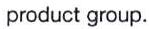
product group.